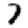
Digit: 7